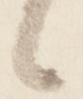
々